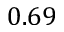
0 . 6 9